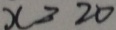
x > 2 0